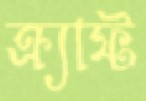
ক্র্যাফ্ট